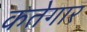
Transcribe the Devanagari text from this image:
कतेगार